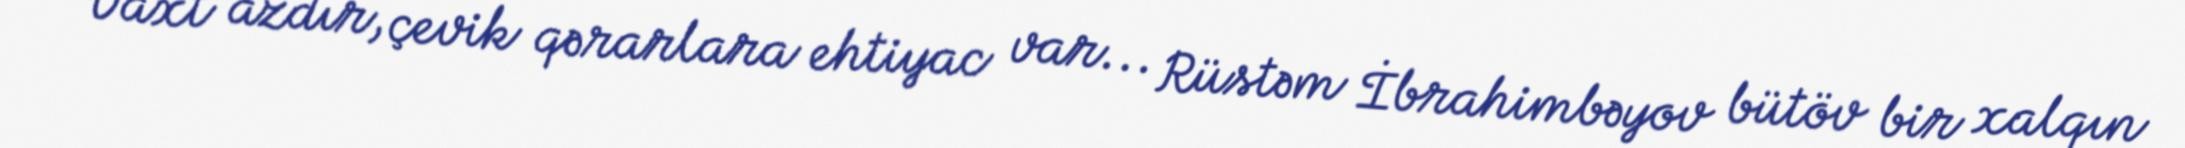
Vaxt azdır, çevik qərarlara ehtiyac var... Rüstəm İbrahimbəyov bütöv bir xalqın